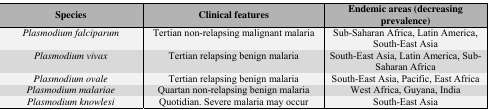
<table><thead><tr><td><b>Species</b></td><td><b>Clinical features</b></td><td><b>Endemic areas (decreasing prevalence)</b></td></tr></thead><tbody><tr><td><i>Plasmodium falciparum</i></td><td>Tertian non-relapsing malignant malaria</td><td>Sub-Saharan Africa, Latin America, South-East Asia</td></tr><tr><td><i>Plasmodium vivax</i></td><td>Tertian relapsing benign malaria</td><td>South-East Asia, Latin America, Sub-Saharan Africa</td></tr><tr><td><i>Plasmodium ovale</i></td><td>Tertian relapsing benign malaria</td><td>South-East Asia, Pacific, East Africa</td></tr><tr><td><i>Plasmodium malariae</i></td><td>Quartan non-relapsing benign malaria</td><td>West Africa, Guyana, India</td></tr><tr><td><i>Plasmodium knowlesi</i></td><td>Quotidian. Severe malaria may occur</td><td>South-East Asia </td></tr></tbody></table>